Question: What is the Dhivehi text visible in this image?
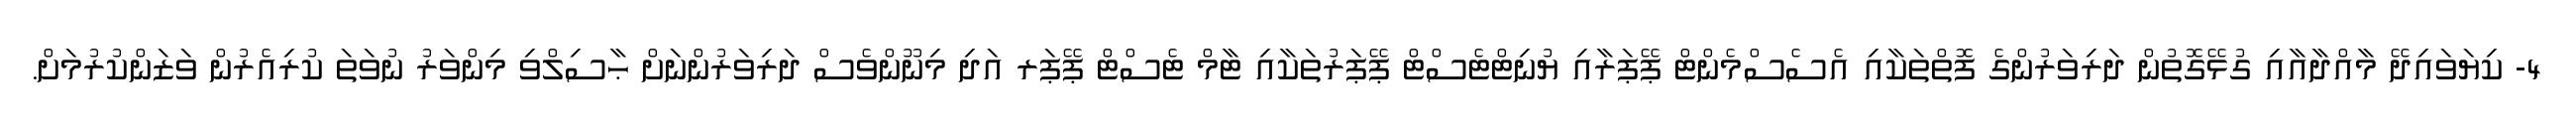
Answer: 4- ކިޔަވައިދޭ މާއްދާއާއި ގުޅޭގޮތުން ދަރިވަރުންގެ ފޮތްތަކާއި އެސެސްމެންޓް ޕޭޕަރާއި ޔުނިޓްޓެސްޓް ޕޭޕަރުތަކާއި ޓާމް ޓެސްޓް ޕޭޕަރ އަދި މިނޫންވެސް ދަރިވަރުންނަށް ޙާސިލްވި މިންވަރު ނުވަތަ ކުރިއެރުން ވަޒަންކުރުމަށް.